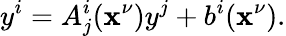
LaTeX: y^{i}=A_{j}^{i}(\mathbf{x}^{\nu})y^{j}+b^{i}(\mathbf{x}^{\nu}).